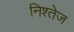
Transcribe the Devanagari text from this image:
निश्तेज